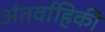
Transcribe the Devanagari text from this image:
अंतर्वाहिकी